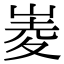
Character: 𡹃